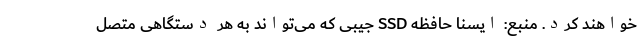
خواهند کرد. منبع: ایسنا حافظه SSD جیبی که می‌تواند به هر دستگاهی متصل